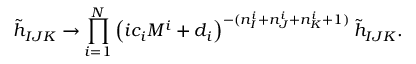
\tilde { h } _ { I J K } \rightarrow \prod _ { i = 1 } ^ { N } \left( i c _ { i } M ^ { i } + d _ { i } \right) ^ { - ( n _ { I } ^ { i } + n _ { J } ^ { i } + n _ { K } ^ { i } + 1 ) } \tilde { h } _ { I J K } .